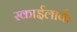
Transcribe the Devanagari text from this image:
स्काईलार्क